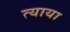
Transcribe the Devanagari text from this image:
त्याया